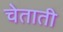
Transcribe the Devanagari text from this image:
चेताती